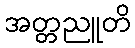
အတ္တညူတိ